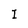
Character: I